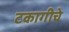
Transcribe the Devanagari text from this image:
टकागीचे